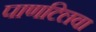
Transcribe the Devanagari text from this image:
पाणटिलवा